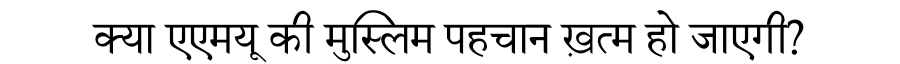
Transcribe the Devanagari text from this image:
क्या एएमयू की मुस्लिम पहचान ख़त्म हो जाएगी?